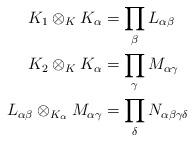
LaTeX: \begin{align*} K_1 \otimes_K K_\alpha &= \prod_\beta L_{\alpha\beta}\\ K_2 \otimes_K K_\alpha &= \prod_\gamma M_{\alpha\gamma}\\ L_{\alpha\beta}\otimes_{K_\alpha} M_{\alpha\gamma} &= \prod_{\delta} N_{\alpha\beta\gamma\delta}\end{align*}